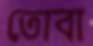
তোবা